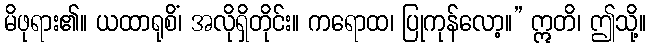
မိဖုရား၏။ ယထာရုစိံ၊ အလိုရှိတိုင်း။ ကရောထ၊ ပြုကုန်လော့။” ဣတိ၊ ဤသို့။